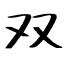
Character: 双